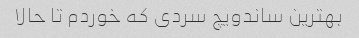
بهترین ساندویچ سردی که خوردم تا حالا